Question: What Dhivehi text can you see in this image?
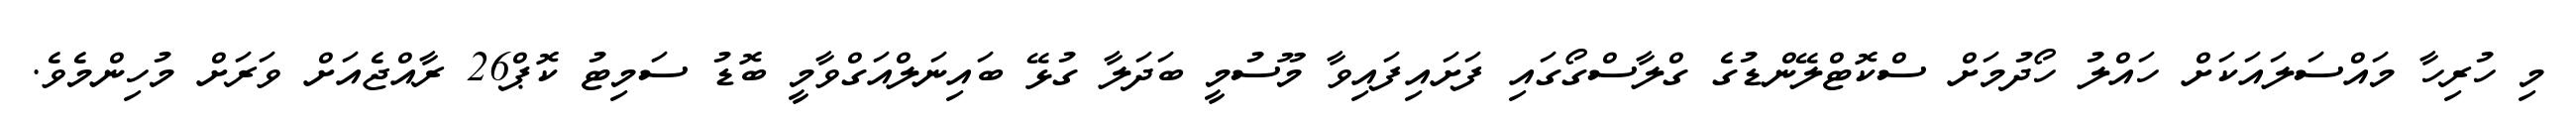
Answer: މި ހުރިހާ މައްސަލައަކަށް ހައްލު ހޯދުމަށް ސްކޮޓްލޭންޑުގެ ގްލާސްގޯގައި ފަށައިފައިވާ މޫސުމީ ބަދަލާ ގުޅޭ ބައިނަލްއަގްވާމީ ބޮޑު ސަމިޓު ކޮޕް26 ރާއްޖެއަށް ވަރަށް މުހިންމެވެ.